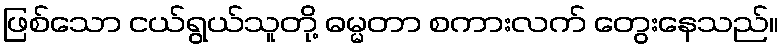
ဖြစ်သော ငယ်ရွယ်သူတို့ ဓမ္မတာ စကားလက် တွေးနေသည်။